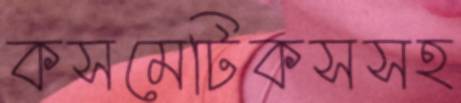
কসমেটিকসসহ